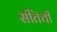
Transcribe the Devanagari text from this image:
सीतॆची